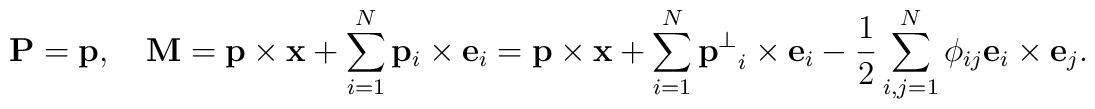
{\bf P}={\bf p},\quad {\bf M}= {\bf p}\times{\bf x}+\sum_{i=1}^N{\bf p}_i\times{\bf e}_i= {\bf p}\times{\bf x} +\sum_{i=1}^N{{\bf p}^\bot}_i\times {\bf e}_i -\frac 12\sum_{i,j=1}^N{\phi}_{ij}{\bf e}_i\times{\bf e}_j.